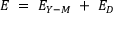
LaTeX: E \; = \; E _ { Y - M } \; + \; E _ { D } \;